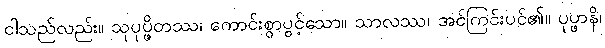
ငါသည်လည်း။ သုပုပ္ဖိတဿ၊ ကောင်းစွာပွင့်သော။ သာလဿ၊ အင်ကြင်းပင်၏။ ပုပ္ဖာနိ၊